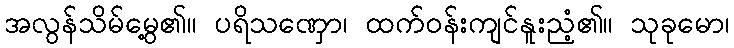
အလွန်သိမ်မွေ့၏။ ပရိသဏှော၊ ထက်ဝန်းကျင်နူးညံ့၏။ သုခုမော၊